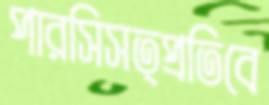
পারসিসত্প্রতিবে